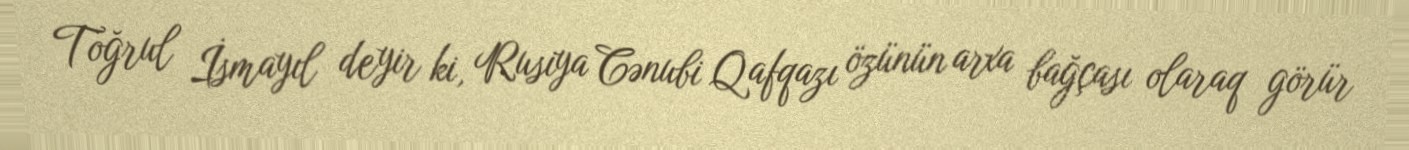
Toğrul İsmayıl deyir ki, Rusiya Cənubi Qafqazı özünün arxa bağçası olaraq görür